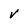
Character: v